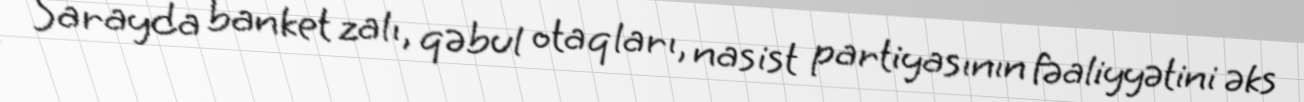
Sarayda banket zalı, qəbul otaqları, nasist partiyasının fəaliyyətini əks